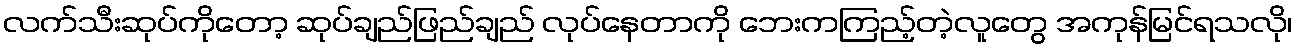
လက်သီးဆုပ်ကိုတော့ ဆုပ်ချည်ဖြည်ချည် လုပ်နေတာကို ဘေးကကြည့်တဲ့လူတွေ အကုန်မြင်ရသလို၊